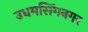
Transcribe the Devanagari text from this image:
उधमसिंगनगर